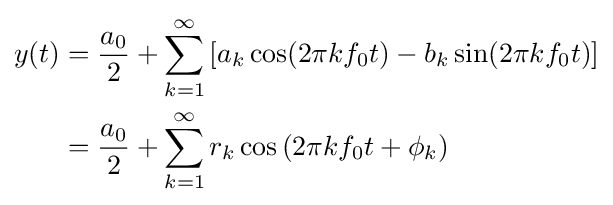
{\begin{aligned}y(t)&={\frac {a_{0}}{2}}+\sum _{k=1}^{\infty }\left[a_{k}\cos(2\pi kf_{0}t)-b_{k}\sin(2\pi kf_{0}t)\right]\\&={\frac {a_{0}}{2}}+\sum _{k=1}^{\infty }r_{k}\cos \left(2\pi kf_{0}t+\phi _{k}\right)\\\end{aligned}}